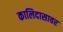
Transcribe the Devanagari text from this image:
कालिदासावर